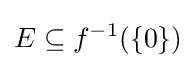
E\subseteq f^{-1}(\{0\})